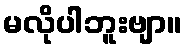
မလိုပါဘူးဗျာ။